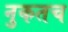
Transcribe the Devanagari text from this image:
नुकतच